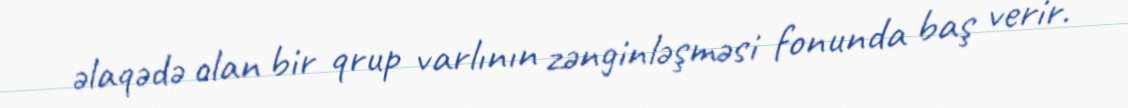
əlaqədə olan bir qrup varlının zənginləşməsi fonunda baş verir.